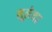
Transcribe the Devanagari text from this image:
सूलेयर